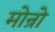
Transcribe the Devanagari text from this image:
मोन्रो